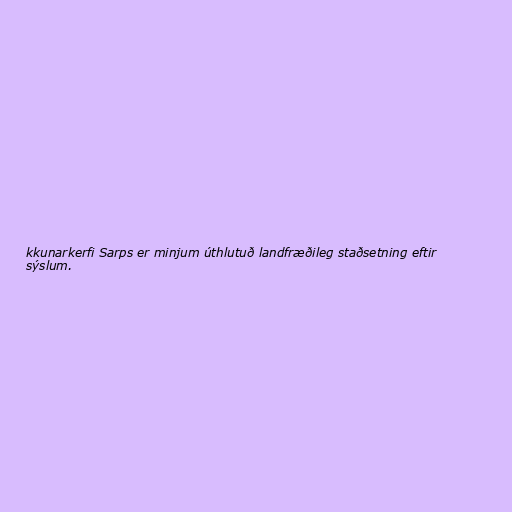
kkunarkerfi Sarps er minjum úthlutuð landfræðileg staðsetning eftir
sýslum.